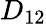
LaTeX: D_{12}